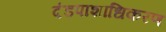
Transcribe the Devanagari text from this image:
दंडपाशाधिकरण